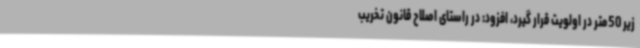
زیر 50متر در اولویت قرار گیرد، افزود: در راستای اصلاح قانون تخریب